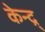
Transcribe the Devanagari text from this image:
केन्द्र्